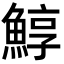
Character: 鯙